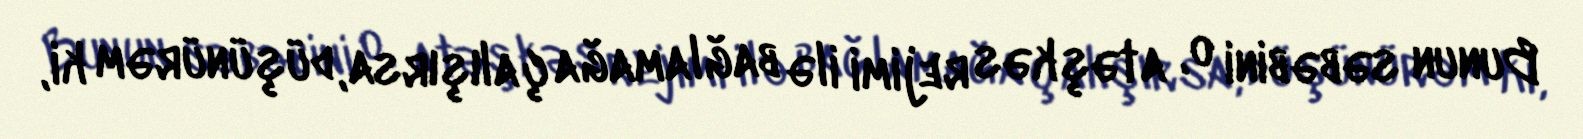
Bunun səbəbini o, atəşkəs rejimi ilə bağlamağa çalışırsa, düşünürəm ki,